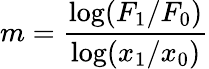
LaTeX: m={\frac{\log(F_{1}/F_{0})}{\log(x_{1}/x_{0})}}